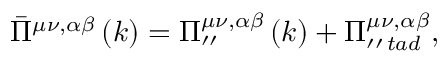
\bar { \Pi } ^ { \mu \nu , \alpha \beta } \left( k \right) = \Pi _ { \prime \prime } ^ { \mu \nu , \alpha \beta } \left( k \right) + \Pi _ { \prime \prime \, t a d } ^ { \mu \nu , \alpha \beta } ,